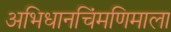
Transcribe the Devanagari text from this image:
अभिधानचिंमणिमाला